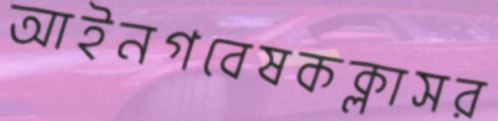
আইনগবেষকক্লাসর